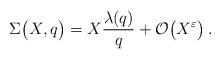
LaTeX: \begin{align*}\Sigma\big(X, q\big)=X\frac{\lambda(q)}{q}+\mathcal{O}\big(X^\varepsilon\big)\,.\end{align*}